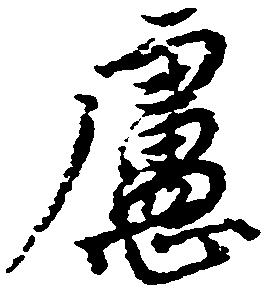
慮